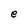
Character: e